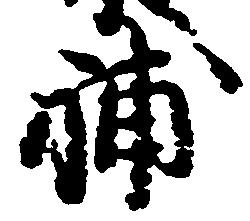
補